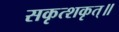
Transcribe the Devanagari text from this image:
सकृत्शकृत्॥